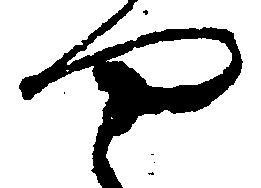
や